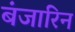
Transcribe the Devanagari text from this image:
बंजारिन